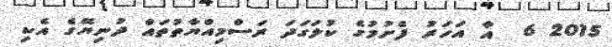
2015 6  އާ އަހަރު ފެށުމުގެ ކުލަގަދަ ރަސްމިއްޔާތުތައް ދުނިޔޭގެ އެކި